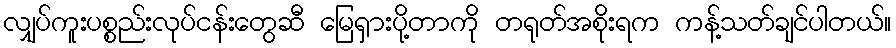
လျှပ်ကူးပစ္စည်းလုပ်ငန်းတွေဆီ မြေရှားပို့တာကို တရုတ်အစိုးရက ကန့်သတ်ချင်ပါတယ်။